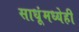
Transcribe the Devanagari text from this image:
साधूंमध्येही